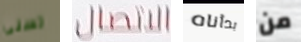
تسنى الاتصال بدأناه من